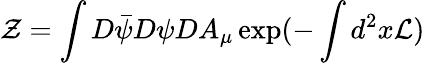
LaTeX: {\cal Z}=\int D\bar{\psi}D\psi DA_{\mu}\exp(-\int d^{2}x{\cal L})